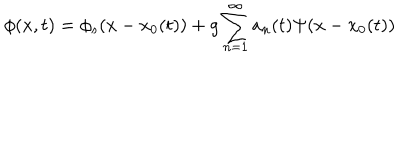
\phi ( x , t ) = \phi _ { s } ( x - x _ { 0 } ( t ) ) + g \sum _ { n = 1 } ^ { \infty } a _ { n } ( t ) \Psi ( x - x _ { 0 } ( t ) )